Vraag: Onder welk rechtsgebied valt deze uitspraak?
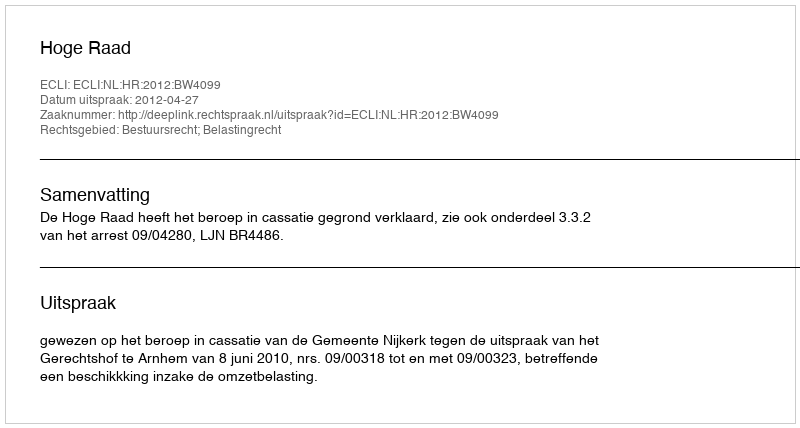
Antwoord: Bestuursrecht; Belastingrecht